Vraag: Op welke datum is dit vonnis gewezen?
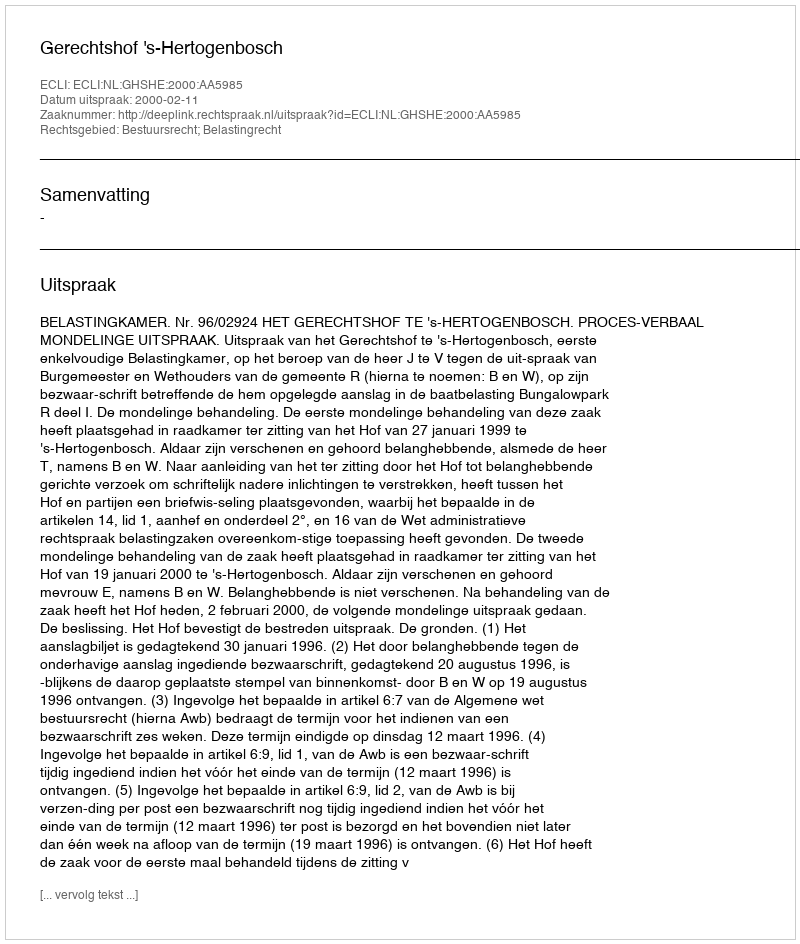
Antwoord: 2000-02-11